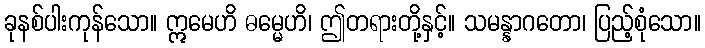
ခုနစ်ပါးကုန်သော။ ဣမေဟိ ဓမ္မေဟိ၊ ဤတရားတို့နှင့်။ သမန္နာဂတော၊ ပြည့်စုံသော။